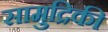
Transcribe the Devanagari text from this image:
सामुद्रिकी